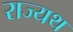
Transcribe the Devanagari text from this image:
राज्यथ